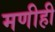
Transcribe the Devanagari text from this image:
मणीही